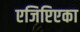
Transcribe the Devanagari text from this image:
एजिप्टिएका